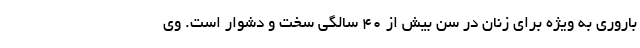
باروری به ویژه برای زنان در سن بیش از ۴۰ سالگی سخت و دشوار است. وی